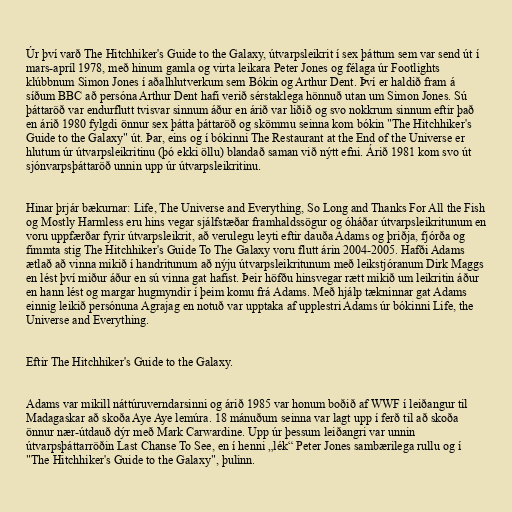
Úr því varð The Hitchhiker's Guide to the Galaxy, útvarpsleikrit í sex þáttum sem var send út í
mars-apríl 1978, með hinum gamla og virta leikara Peter Jones og félaga úr Footlights
klúbbnum Simon Jones í aðalhlutverkum sem Bókin og Arthur Dent. Því er haldið fram á
síðum BBC að persóna Arthur Dent hafi verið sérstaklega hönnuð utan um Simon Jones. Sú
þáttaröð var endurflutt tvisvar sinnum áður en árið var liðið og svo nokkrum sinnum eftir það
en árið 1980 fylgdi önnur sex þátta þáttaröð og skömmu seinna kom bókin "The Hitchhiker's
Guide to the Galaxy" út. Þar, eins og í bókinni The Restaurant at the End of the Universe er
hlutum úr útvarpsleikritinu (þó ekki öllu) blandað saman við nýtt efni. Árið 1981 kom svo út
sjónvarpsþáttaröð unnin upp úr útvarpsleikritinu.

Hinar þrjár bækurnar: Life, The Universe and Everything, So Long and Thanks For All the Fish
og Mostly Harmless eru hins vegar sjálfstæðar framhaldssögur og óháðar útvarpsleikritunum en
voru uppfærðar fyrir útvarpsleikrit, að verulegu leyti eftir dauða Adams og þriðja, fjórða og
fimmta stig The Hitchhiker's Guide To The Galaxy voru flutt árin 2004-2005. Hafði Adams
ætlað að vinna mikið í handritunum að nýju útvarpsleikritunum með leikstjóranum Dirk Maggs
en lést því miður áður en sú vinna gat hafist. Þeir höfðu hinsvegar rætt mikið um leikritin áður
en hann lést og margar hugmyndir í þeim komu frá Adams. Með hjálp tækninnar gat Adams
einnig leikið persónuna Agrajag en notuð var upptaka af upplestri Adams úr bókinni Life, the
Universe and Everything.

Eftir The Hitchhiker's Guide to the Galaxy.

Adams var mikill náttúruverndarsinni og árið 1985 var honum boðið af WWF í leiðangur til
Madagaskar að skoða Aye Aye lemúra. 18 mánuðum seinna var lagt upp í ferð til að skoða
önnur nær-útdauð dýr með Mark Carwardine. Upp úr þessum leiðangri var unnin
útvarpsþáttarröðin Last Chanse To See, en í henni „lék“ Peter Jones sambærilega rullu og í
"The Hitchhiker's Guide to the Galaxy", þulinn.